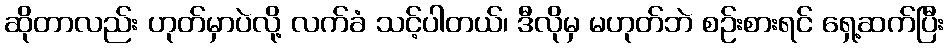
ဆိုတာလည်း ဟုတ်မှာပဲလို့ လက်ခံ သင့်ပါတယ်၊ ဒီလိုမှ မဟုတ်ဘဲ စဉ်းစားရင် ရှေ့ဆက်ပြီး